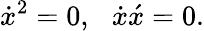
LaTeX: \dot{x}^{2}=0,\, \, \, \, \dot{x}\acute{x}=0.